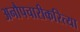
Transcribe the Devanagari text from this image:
अनौपचारीकरित्या